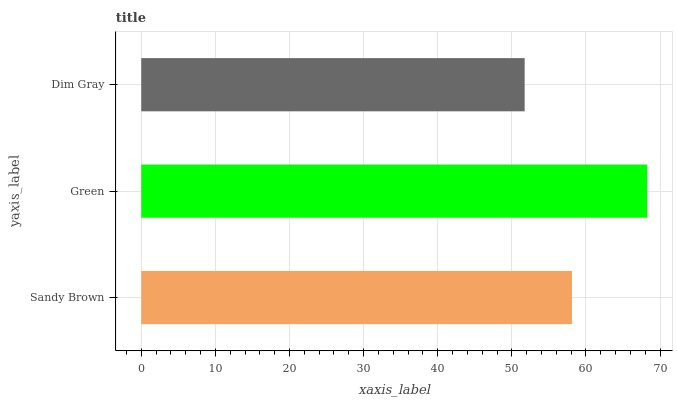
| yaxis_label | bars |
 | --- | --- |
 | Sandy Brown | 58.1 |
 | Green | 68.3 |
 | Dim Gray | 51.7 |